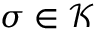
\sigma \in { \mathcal { K } }